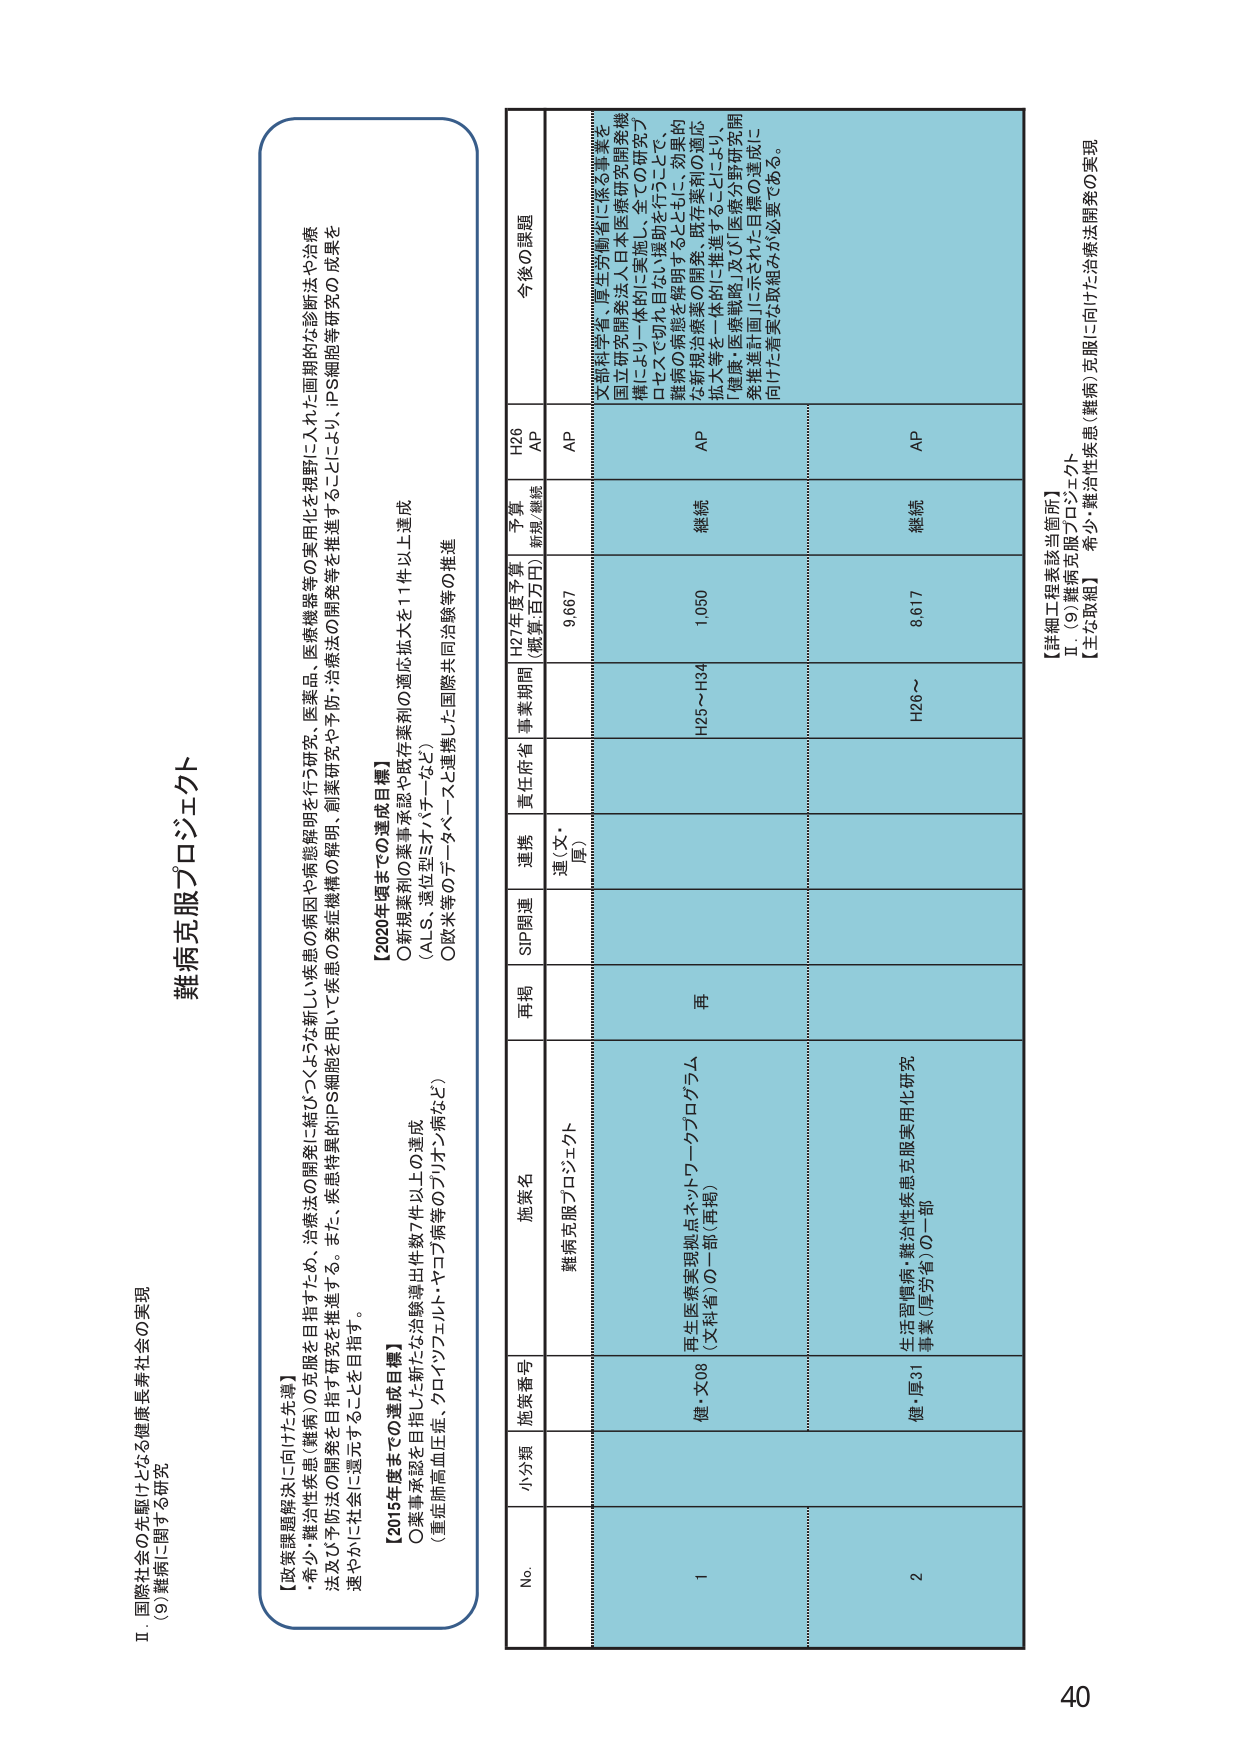
II. 国際社会の先駆けとなる健康長寿社会の実現
(9) 難病に関する研究

難病克服プロジェクト

【政策課題解決に向けた先導】
・希少・難治性疾患（難病）の克服を目指すため、治療法の開発に結びつくような新しい疾患の原因や病態解明を行う研究、医薬品、医療機器等の実用化を視野に入れた画期的な診断法や治療法及び予防法の開発を目指す研究を推進する。また、疾患特異的iPS細胞を用いて疾患の発症機構の解明、創薬研究や予防・治療法の開発等を推進することにより、iPS細胞等研究の成果を速やかに社会に還元することを目指す。

【2015年度までの達成目標】
〇薬事承認を目指した治験導出件数7件以上の達成
（重症筋痙性圧症、クロイツフェルト・ヤコブ病等のプリオン病など）

【2020年度までの達成目標】
〇新規薬剤の薬事承認や既存薬剤の適応拡大を11件以上達成
（ALS、遺伝型ミオパチーなど）
〇欧米等のデータベースと連携した国際共同治験等の推進

No. 小分類 施策番号 施策名 再掲 SIP関連 連携 責任府省 事業期間 H27年度予算 （概算・百万円） 予算 新規/継続 H26 AP 今後の課題

難病克服プロジェクト 連（文・厚） AP 9,667 文部科学省、厚生労働省に係る事業を国立研究開発法人日本医療研究開発機構により一体的に実施し、全ての研究プロセスで切れ目ない援助を行うことで、難病の病態を解明するとともに、効果的な新規治療薬の開発、既存薬剤の適応拡大等を一体的かつ継続的に推進することにより、「健康・医療戦略」及び「医療分野研究開発推進計画」に示された目標の達成に向けた着実な取組みが必要である。

1 健・X08 再生医療実現拠点ネットワークプログラム （文科省）の一部（再掲） 再 AP H25～H34 1,050 継続

2 健・厚31 生活習慣病・難治性疾患克服実用化研究 事業（厚労省）の一部 AP H26～ 8,617 継続

【詳細工程表該当箇所】
II. (9) 難病克服プロジェクト
【主な取組】 希少・難治性疾患（難病）克服に向けた治療法開発の実現

40